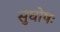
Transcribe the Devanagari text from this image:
सुघोषः